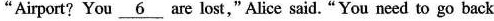
"Airport? You \underline{6}are lost," Alice said."You need to go back